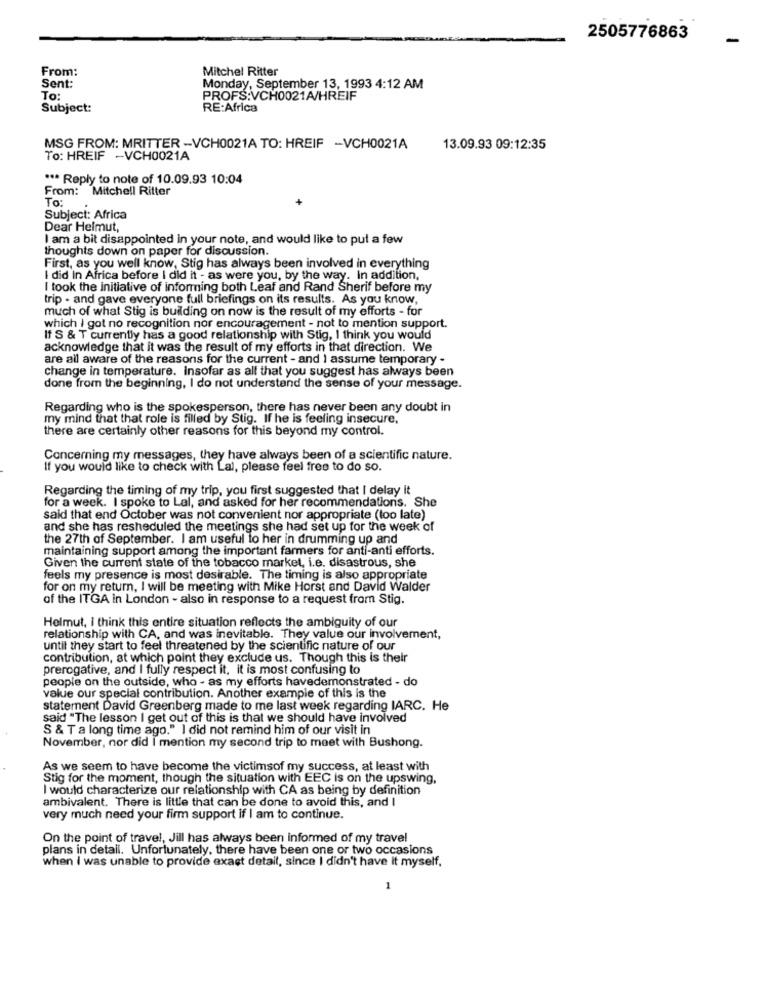
2505776863
-
From:
Mitchel Ritter
Sent:
Monday, September 13, 1993 4:12 AM
To:
PROFS:VCH0021A/HREIF
Subject:
RE:Africa
MSG FROM: MRITTER -VCH0021A TO: HREIF -VCH0021A
13.09.93 09:12:35
To: HREIF -VCH0021A
*** Reply to note of 10.09.93 10:04
From: Mitchell Ritter
To:
Subject: Africa
Dear Helmut,
I am a bit disappointed in your note, and would like to put a few
thoughts down on paper for discussion.
First, as you well know, Stig has always been involved in everything
I did in Africa before I did it - as were you, by the way. In addition,
I took the initiative of informing both Leaf and Rand Sherif before my
trip - and gave everyone full briefings on its results. As you know,
much of what Stig is building on now is the result of my efforts - for
which I got no recognition nor encouragement - not to mention support.
If S & T currently has a good relationship with Stig, I think you would
acknowledge that it was the result of my efforts in that direction. We
are all aware of the reasons for the current - and I assume temporary -
change in temperature. Insofar as all that you suggest has always been
done from the beginning, I do not understand the sense of your message.
Regarding who is the spokesperson, there has never been any doubt in
my mind that that role is filled by Stig. If he is feeling insecure,
there are certainly other reasons for this beyond my control.
Concerning my messages, they have always been of a scientific nature.
If you would like to check with Lal, please feel free to do so.
Regarding the timing of my trip, you first suggested that I delay it
for a week. I spoke to Lal, and asked for her recommendations. She
said that end October was not convenient nor appropriate (too late)
and she has resheduled the meetings she had set up for the week of
the 27th of September. I am useful to her in drumming up and
maintaining support among the important farmers for anti-anti efforts.
Given the current state of the tobacco market, i.e. disastrous, she
feels my presence is most desirable. The timing is also appropriate
for on my return, I will be meeting with Mike Horst and David Walder
of the ITGA in London - also in response to a request from Stig.
Helmut, I think this entire situation reflects the ambiguity of our
relationship with CA, and was inevitable. They value our involvement,
until they start to feel threatened by the scientific nature of our
contribution, at which point they exclude us. Though this is their
prerogative, and I fully respect it, it is most confusing to
people on the outside, who - as my efforts havedemonstrated - do
value our special contribution. Another example of this is the
statement David Greenberg made to me last week regarding IARC. He
said "The lesson I get out of this is that we should have involved
S & T a long time ago." I did not remind him of our visit in
November, nor did I mention my second trip to meet with Bushong.
As we seem to have become the victimsof my success, at least with
Stig for the moment, though the situation with EEC is on the upswing,
I would characterize our relationship with CA as being by definition
ambivalent. There is little that can be done to avoid this, and I
very much need your firm support if I am to continue.
On the point of travel, Jill has always been informed of my travel
plans in detail. Unfortunately, there have been one or two occasions
when I was unable to provide exact detail, since I didn't have it myself,